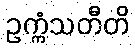
ဥက္ကံသတီတိ